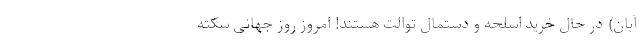
آبان) در حال خرید اسلحه و دستمال توالت هستند! امروز روز جهانی سکته